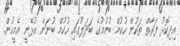
އިދިކޮޅު ފަރާތް ތަކުން ހުކުމް ބުނުމުގެ ބަދަލުގައި ހުކުމް ބުނަން އުޅޭނީ އެމީހުން.